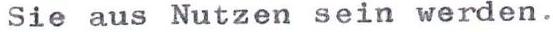
Sie aus Nutzen sein werden.